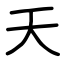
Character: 天